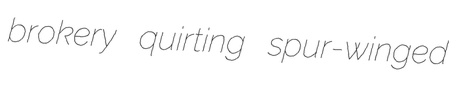
brokery quirting spur-winged